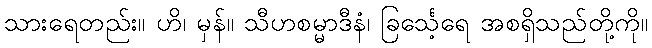
သားရေတည်း။ ဟိ၊ မှန်။ သီဟစမ္မာဒီနံ၊ ခြင်္သေ့ရေ အစရှိသည်တို့ကို။